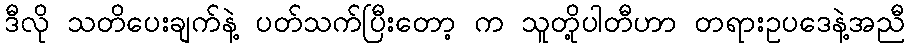
ဒီလို သတိပေးချက်နဲ့ ပတ်သက်ပြီးတော့ က သူတို့ပါတီဟာ တရားဥပဒေနဲ့အညီ